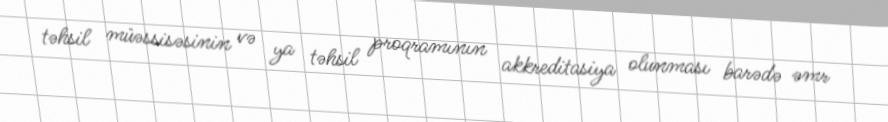
təhsil müəssisəsinin və ya təhsil proqramının akkreditasiya olunması barədə əmr